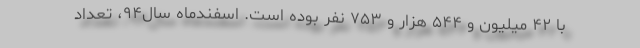
با ۴۲ ميليون و ۵۴۴ هزار و ۷۵۳ نفر بوده است. اسفندماه سال۹۴، تعداد